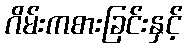
ဂိမ်းကစားခြင်းနှင့်